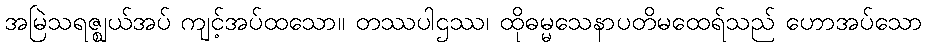
အမြဲသရဇ္ဈယ်အပ် ကျင့်အပ်ထသော။ တဿပါဌဿ၊ ထိုဓမ္မသေနာပတိမထေရ်သည် ဟောအပ်သော